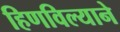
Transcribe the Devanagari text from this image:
हिणविल्याने